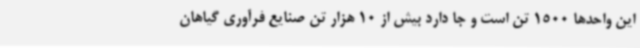
این واحدها 1500 تن است و جا دارد بیش از 10 هزار تن صنایع فرآوری گیاهان